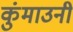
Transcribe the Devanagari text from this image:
कुंमाउनी